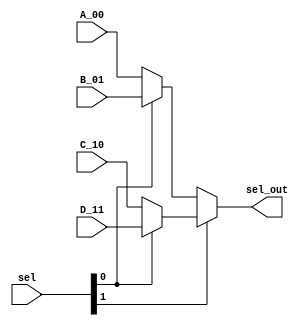

/* 
    RiscV32IMC Pipelined Processor 
    Copyright (C) 2023 Ahmed Waseem, Ahmed ElBarbary

    This program is free software; you can redistribute it and/or modify
    it under the terms of the GNU General Public License as published by
    the Free Software Foundation; either version 2 of the License, or
    (at your option) any later version.

    This program is distributed in the hope that it will be useful,
    but WITHOUT ANY WARRANTY; without even the implied warranty of
    MERCHANTABILITY or FITNESS FOR A PARTICULAR PURPOSE.  See the
    GNU General Public License for more details.

    You should have received a copy of the GNU General Public License along
    with this program; if not, write to the Free Software Foundation, Inc.,
    51 Franklin Street, Fifth Floor, Boston, MA 02110-1301 USA.

*/ 

`timescale 1ns/10ps
module mux_4x1 #(parameter N = 32)(  input   [N-1:0] A_00, B_01, C_10, D_11,  
                                     input   [1:0]   sel,
                                     output  [N-1:0] sel_out);


assign sel_out = sel[1]   ? (sel[0] ? D_11 : C_10) : 
                            (sel[0] ? B_01 : A_00) ;


endmodule